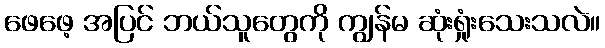
ဖေဖေ့ အပြင် ဘယ်သူတွေကို ကျွန်မ ဆုံးရှုံးသေးသလဲ။